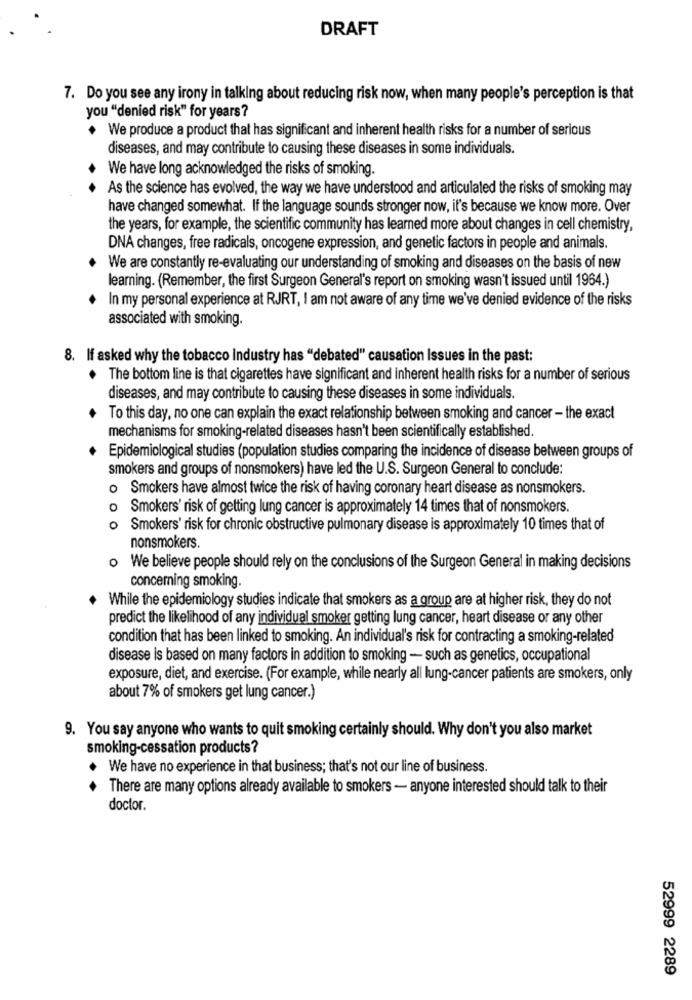
DRAFT
7. Do you see any irony in talking about reducing risk now, when many people's perception is that
you "denied risk" for years?
. We produce a product that has significant and inherent health risks for a number of serious
diseases, and may contribute to causing these diseases in some individuals.
We have long acknowledged the risks of smoking.
As the science has evolved, the way we have understood and articulated the risks of smoking may
have changed somewhat. If the language sounds stronger now, it's because we know more. Over
the years, for example, the scientific community has learned more about changes in cell chemistry,
DNA changes, free radicals, oncogene expression, and genetic factors in people and animals.
We are constantly re-evaluating our understanding of smoking and diseases on the basis of new
learning. (Remember, the first Surgeon General's report on smoking wasn't issued until 1964.)
In my personal experience at RJRT, I am not aware of any time we've denied evidence of the risks
associated with smoking.
8. If asked why the tobacco Industry has "debated" causation Issues in the past:
The bottom line is that cigarettes have significant and inherent health risks for a number of serious
diseases, and may contribute to causing these diseases in some individuals.
To this day, no one can explain the exact relationship between smoking and cancer - the exact
mechanisms for smoking-related diseases hasn't been scientifically established.
Epidemiological studies (population studies comparing the incidence of disease between groups of
smokers and groups of nonsmokers) have led the U.S. Surgeon General to conclude:
o Smokers have almost twice the risk of having coronary heart disease as nonsmokers.
o Smokers' risk of getting lung cancer is approximately 14 times that of nonsmokers.
o Smokers' risk for chronic obstructive pulmonary disease is approximately 10 times that of
nonsmokers.
o We believe people should rely on the conclusions of the Surgeon General in making decisions
concerning smoking.
While the epidemiology studies indicate that smokers as a group are at higher risk, they do not
predict the likelihood of any individual smoker getting lung cancer, heart disease or any other
condition that has been linked to smoking. An individual's risk for contracting a smoking-related
disease is based on many factors in addition to smoking - such as genetics, occupational
exposure, diet, and exercise. (For example, while nearly all lung-cancer patients are smokers, only
about 7% of smokers get lung cancer.)
9. You say anyone who wants to quit smoking certainly should. Why don't you also market
smoking-cessation products?
. We have no experience in that business; that's not our line of business.
There are many options already available to smokers - anyone interested should talk to their
doctor.
52999 2289